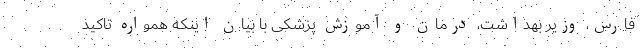
فارس، وزیر بهداشت، درمان و آموزش پزشکی با بیان اینکه همواره تاکید